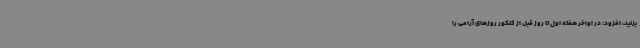
بزنید، افزود: در اواخر هفته اول تا روز قبل از کنکور روزهای آرامی را